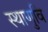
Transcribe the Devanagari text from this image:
स्थाणुवि